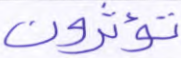
تؤثرون